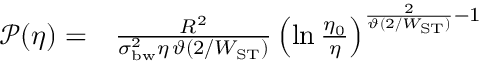
\begin{array} { r l } { \mathcal { P } ( \eta ) = } & { { } \frac { R ^ { 2 } } { \sigma _ { \mathrm { b w } } ^ { 2 } \eta \, \vartheta ( 2 / W _ { \mathrm { S T } } ) } \left( \ln \frac { \eta _ { 0 } } { \eta } \right) ^ { \frac { 2 } { \vartheta ( 2 / W _ { \mathrm { S T } } ) } - 1 } } \end{array}